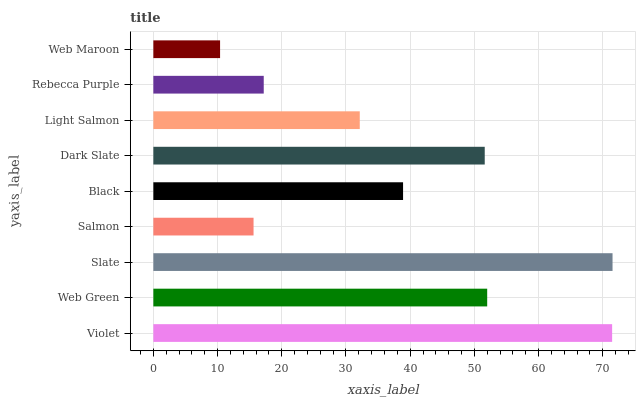
| yaxis_label | bars |
 | --- | --- |
 | Violet | 71.5 |
 | Web Green | 52 |
 | Slate | 71.5 |
 | Salmon | 15.6 |
 | Black | 38.9 |
 | Dark Slate | 51.6 |
 | Light Salmon | 32.1 |
 | Rebecca Purple | 17.2 |
 | Web Maroon | 10.4 |